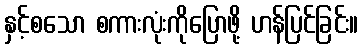
နှင့်စသော စကားလုံးကိုပြောဖို့ ဟန်ပြင်ခြင်း။